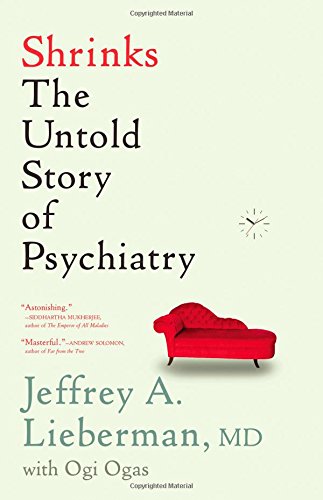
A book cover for Shrinks: The Untold Story of Psychiatry; Jeffrey A. Lieberman; Medical Books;